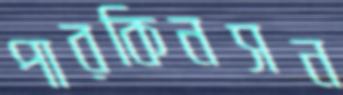
পারকিনসন